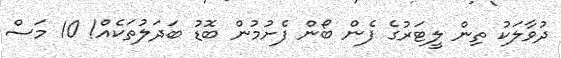
ދުވާލަކު ތިން ލީޓަރުގެ ފެން ބޯން ފެށުމުން ބޮޑު ބަދަލުތަކެއް! 10 މަސް